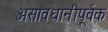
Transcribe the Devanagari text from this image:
असावधानीपूर्वक